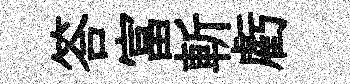
答富斬虧